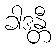
ခါဒန္တီ